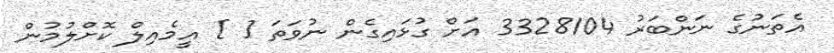
އެތަނުގެ ނަންބަރު 3328104 އަށް ގުޅައިގެން ނުވަތަ [ ] އީމެއިލް ކޮށްލުމުން